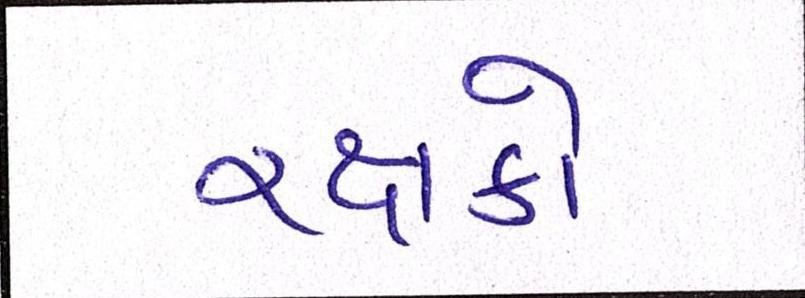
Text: રક્ષકો